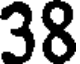
38